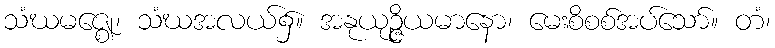
သံဃမဇ္ဈေ၊ သံဃအလယ်၌။ အနုယုဉ္ဇိယမာနော၊ မေးစိစစ်အပ်သော်။ တံ၊